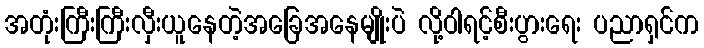
အတုံးကြီးကြီးလှီးယူနေတဲ့အခြေအနေမျိုးပဲ လို့ဝါရင့်စီးပွားရေး ပညာရှင်က